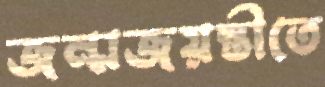
জন্মজয়ন্তীতে